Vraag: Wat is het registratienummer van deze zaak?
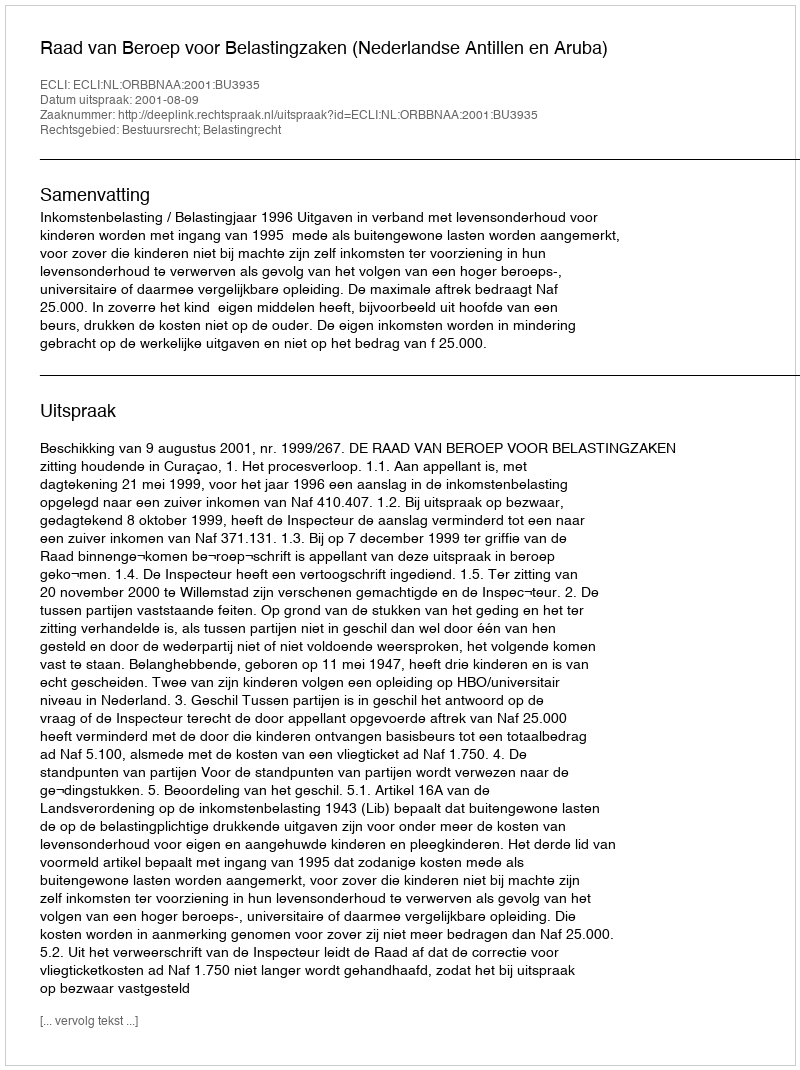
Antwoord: http://deeplink.rechtspraak.nl/uitspraak?id=ECLI:NL:ORBBNAA:2001:BU3935